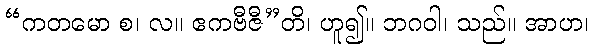
“ကတမော စ၊ လ။ ဧကဗီဇီ”တိ၊ ဟူ၍။ ဘဂဝါ၊ သည်။ အာဟ၊